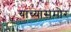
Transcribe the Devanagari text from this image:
याच्यासमोर